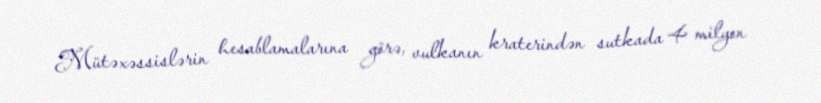
Mütəxəssislərin hesablamalarına görə, vulkanın kraterindən sutkada 4 milyon